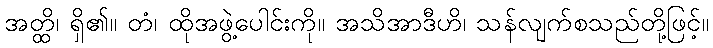
အတ္ထိ၊ ရှိ၏။ တံ၊ ထိုအဖွဲ့ပေါင်းကို။ အသိအာဒီဟိ၊ သန်လျက်စသည်တို့ဖြင့်။